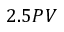
2 . 5 P V